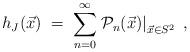
LaTeX: \begin{align*}h_J(\vec{x}) \;=\; \sum_{n=0}^\infty \left.{\mathcal{P}}_n(\vec{x}) \right|_{\vec{x} \in S^2} \;, \end{align*}